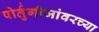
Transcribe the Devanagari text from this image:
पोर्तुगीजांवरच्या